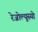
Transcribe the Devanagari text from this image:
रेजोल्यूस्यो